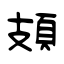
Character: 頍